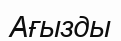
Ағызды